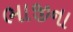
ભાજીના